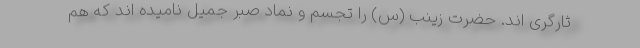
ثارگری اند. حضرت زینب (س) را تجسم و نماد صبر جمیل نامیده اند که هم